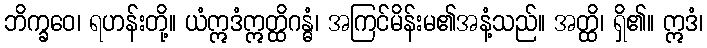
ဘိက္ခဝေ၊ ရဟန်းတို့။ ယံဣဒံဣတ္ထိဂန္ဓံ၊ အကြင်မိန်းမ၏အနံ့သည်။ အတ္ထိ၊ ရှိ၏။ ဣဒံ၊